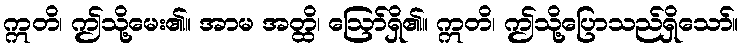
ဣတိ၊ ဤသို့မေး၏။ အာမ အတ္ထိ၊ ဩော်ရှိ၏။ ဣတိ၊ ဤသို့ပြောသည်ရှိသော်။